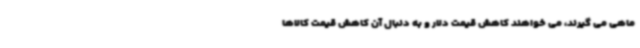
ماهی می گیرند، می خواهند کاهش قیمت دلار و به دنبال آن کاهش قیمت کالاها